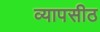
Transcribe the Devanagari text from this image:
व्यापसीठ